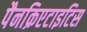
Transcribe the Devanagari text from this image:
पैनक्रिएटाइटिस